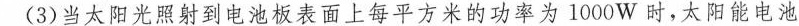
(3)当太阳光照射到电池板表面上每平方米的功率为1000W时，太阳能电池